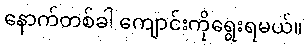
နောက်တစ်ခါ ကျောင်းကိုရွေးရမယ်။